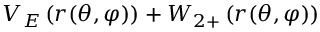
V _ { E } \left( r ( \theta , \varphi ) \right) + W _ { 2 + } \left( r ( \theta , \varphi ) \right)